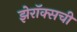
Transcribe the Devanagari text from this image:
झेरॉक्सची